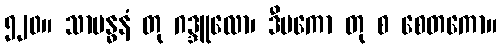
၅၂၀။ သာဗန္ဓနံ တု ဂဒ္ဒူလော၊ ဒီပကော တု စ စေတကော။